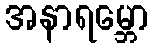
အနာရမ္ဘော